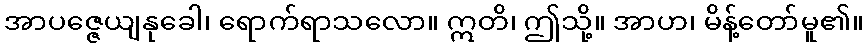
အာပဇ္ဇေယျနုခေါ၊ ရောက်ရာသလော။ ဣတိ၊ ဤသို့။ အာဟ၊ မိန့်တော်မူ၏။